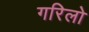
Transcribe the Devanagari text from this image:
गरिलो